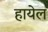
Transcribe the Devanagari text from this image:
हायेल